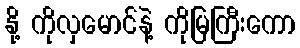
နို့ ကိုလှမောင်နဲ့ ကိုမြကြီးကော